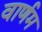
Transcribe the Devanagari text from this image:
वार्णम